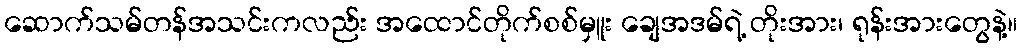
ဆောက်သမ်တန်အသင်းကလည်း အထောင်တိုက်စစ်မှူး ချေအဒမ်ရဲ့ တိုးအား၊ ရုန်းအားတွေနဲ့။